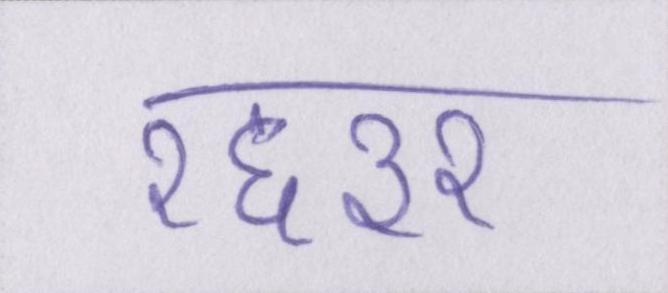
१६३२